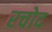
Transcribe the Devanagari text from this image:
रचोद